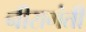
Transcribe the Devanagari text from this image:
नीरागंती